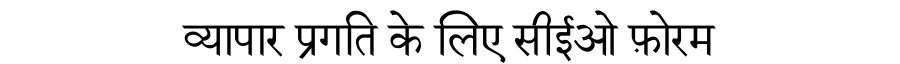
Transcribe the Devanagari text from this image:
व्यापार प्रगति के लिए सीईओ फ़ोरम